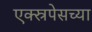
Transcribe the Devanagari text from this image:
एक्स्रपेसच्या